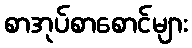
စာအုပ်စာစောင်များ